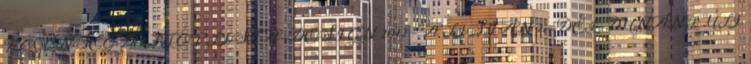
KÖZÖNSÉG DÍJ TOP LISTA-DESIGN 2012 – A LISTÁN 2.-DÉL-DUNÁNTÚLI